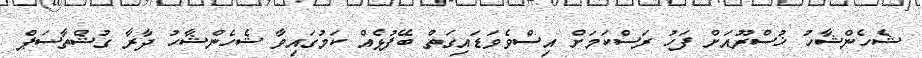
ޝެހެންޝާހު ޚުސްރޫއަށް ފަހު ރަސްކަމަށް އިސްވެވަޑައިގަތް ބޭފުޅެއް ކަމުގައިވާ ޝެހެންޝާހު ދާރާ ގުޝްތާސަޕް